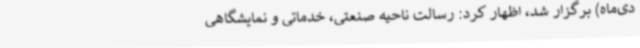
دی‌ماه) برگزار شد، اظهار کرد: رسالت ناحیه صنعتی، خدماتی و نمایشگاهی